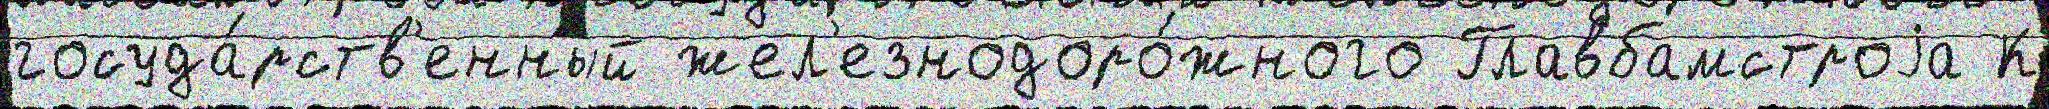
госуда́рств'енный жел'езнодоро́жного Главбамстроjа К